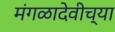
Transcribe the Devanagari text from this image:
मंगळादेवीच्या